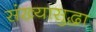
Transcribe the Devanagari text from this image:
संख्यासुद्धा